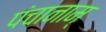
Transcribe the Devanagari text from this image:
पंचानाम्